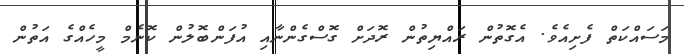
މަސައްކަތް ފެށިއެވެ. އެގޮތުން ރައްޔިތުން ރޮދަށް ގޮސްގެންނާއި އުފަންބޮލުން ކޮނެމް މީހެއްގެ އަތުން